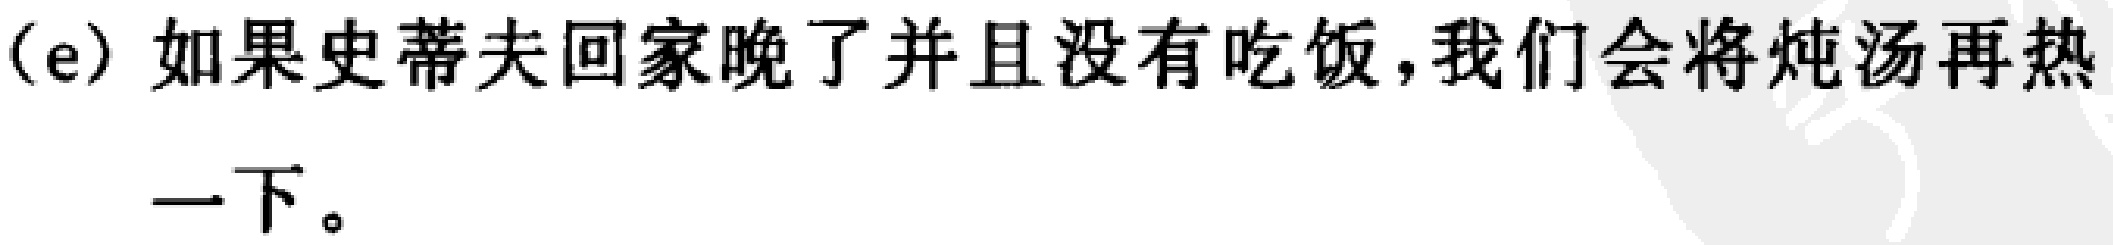
(e) 如果史蒂夫回家晚了并且没有吃饭,我们会将炖汤再热一下。